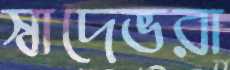
স্বাদেভরা